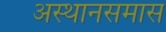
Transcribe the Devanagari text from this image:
अस्थानसमास